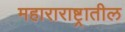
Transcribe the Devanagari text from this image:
महाराराष्ट्रातील